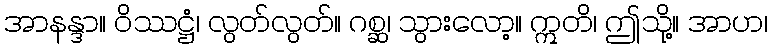
အာနန္ဒာ။ ဝိဿဋ္ဌံ၊ လွတ်လွတ်။ ဂစ္ဆ၊ သွားလော့။ ဣတိ၊ ဤသို့။ အာဟ၊